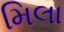
મિલા